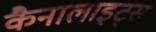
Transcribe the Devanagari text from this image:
कैनालाइट्स